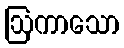
ဩကာသော